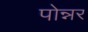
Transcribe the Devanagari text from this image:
पोन्नर